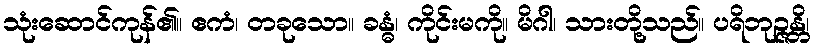
သုံးဆောင်ကုန်၏။ ဧကံ၊ တခုသော။ ခန္ဓံ၊ ကိုင်းမကို။ မိဂါ၊ သားတို့သည်။ ပရိဘုဉ္ဇန္တိ၊